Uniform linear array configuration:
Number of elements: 64
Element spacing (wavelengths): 0.25
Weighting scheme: blackman
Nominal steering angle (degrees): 15
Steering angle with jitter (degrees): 13.031
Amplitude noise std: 0.05
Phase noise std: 0.05

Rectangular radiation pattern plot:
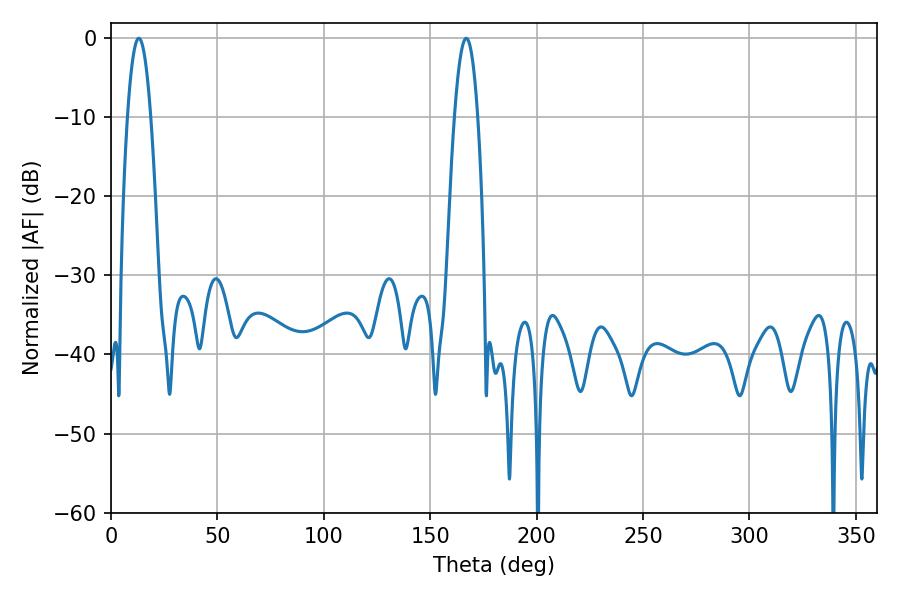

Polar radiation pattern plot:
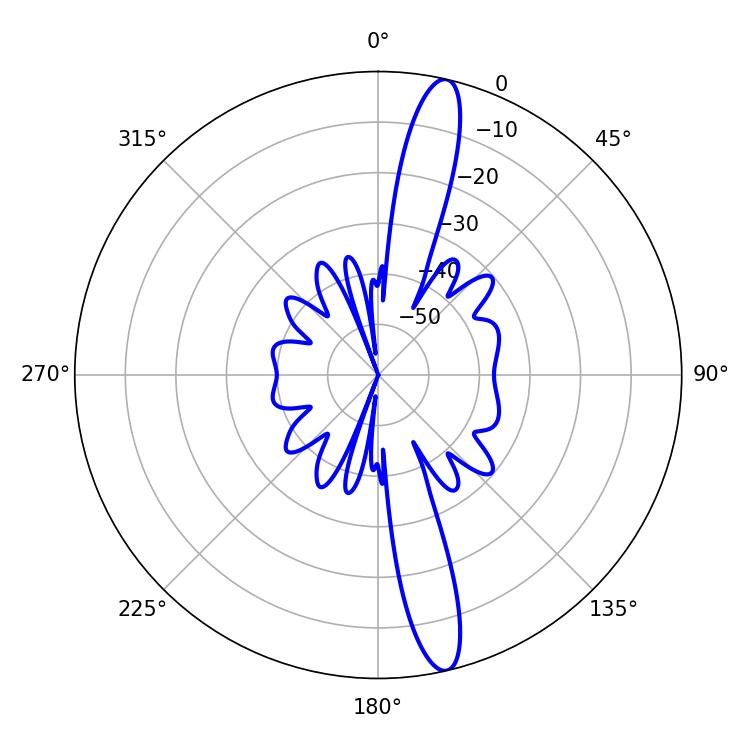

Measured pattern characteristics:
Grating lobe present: FALSE
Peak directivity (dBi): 15.859
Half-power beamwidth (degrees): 5.94
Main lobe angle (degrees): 166.86